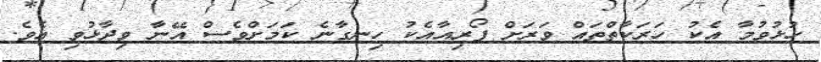
ހުޅުވުމާ އެކު ހަރަކާތްތައް ވަރަށް ފޯރިއާއެކު ހިނގާނެ ކަމަށްވެސް އޭނާ ވިދާޅުވި އެވެ.